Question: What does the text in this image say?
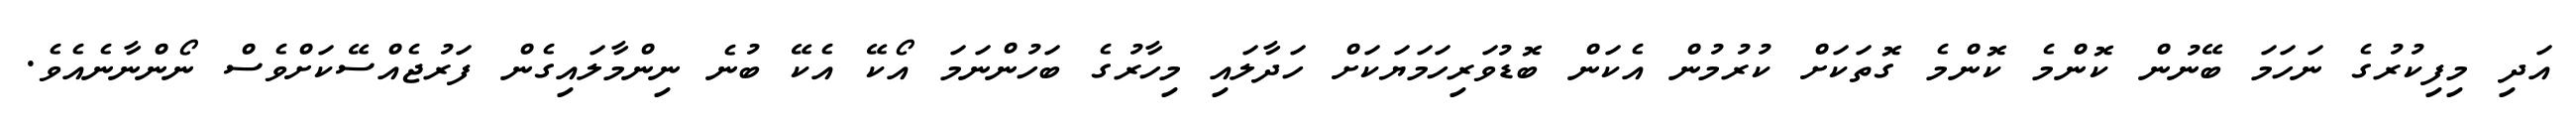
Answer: އަދި މިފިކުރުގެ ނަހަމަ ބޭނުން ކޮންމެ ކޮންމެ ގޮތަކަށް ކުރުމުން އެކަން ބޮޑުވަރިހަމަޔަކަށް ހަދާލައި މިހާރުގެ ބަހުންނަމަ އޯކޭ އެކޭ ބުނެ ނިންމާލައިގެން ފަރުޖެއްސޭކަށްވެސް ނޯންނާނެއެވެ.